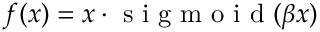
f ( x ) = x \cdot \mathrm { ~ s ~ i ~ g ~ m ~ o ~ i ~ d ~ } ( \beta x )